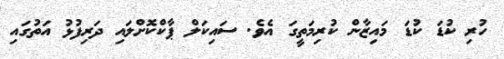
ހުރި ކުޑަ ކުޑަ މައިޒާން ކުރިމަތީގަ އެވެ. ސައިކަލް ޕާކްކޮށްލައި ދަރިފުޅު އަތުގައި